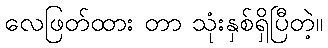
လေဖြတ်ထား တာ သုံးနှစ်ရှိပြီတဲ့။